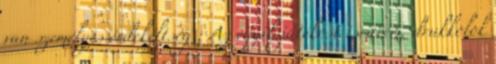
van személyes érdekeltség : Az egyik játékost ismerem, drukkolok